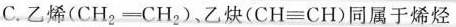
C.乙烯($$C H _ { 2 } = C H _ { 2 }$$)，乙炔($$C H ≡ C H$$)同属于烯烃